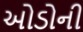
ઓડોની